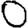
Digit: 0